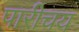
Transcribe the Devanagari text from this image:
पारीचय